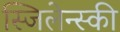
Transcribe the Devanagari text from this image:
स्जिलेन्स्की